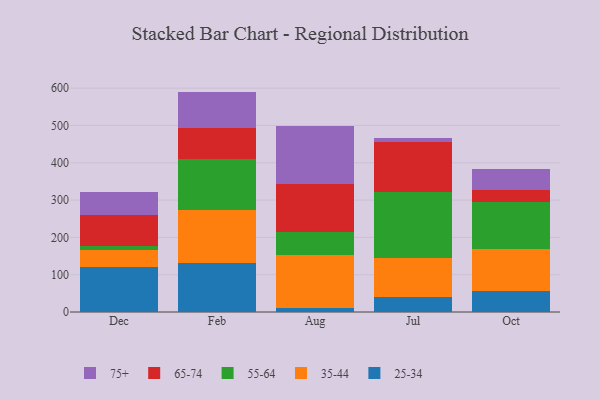
{"axis": {"x": "Month", "y": "Page Views"}, "legend": ["25-34", "35-44", "55-64", "65-74", "75+"], "data": [{"x": "Dec", "y": 121.7, "type": "25-34"}, {"x": "Dec", "y": 44.3, "type": "35-44"}, {"x": "Dec", "y": 10.0, "type": "55-64"}, {"x": "Dec", "y": 84.6, "type": "65-74"}, {"x": "Dec", "y": 61.6, "type": "75+"}, {"x": "Feb", "y": 132.6, "type": "25-34"}, {"x": "Feb", "y": 140.8, "type": "35-44"}, {"x": "Feb", "y": 136.9, "type": "55-64"}, {"x": "Feb", "y": 82.2, "type": "65-74"}, {"x": "Feb", "y": 98.2, "type": "75+"}, {"x": "Aug", "y": 9.4, "type": "25-34"}, {"x": "Aug", "y": 142.1, "type": "35-44"}, {"x": "Aug", "y": 61.9, "type": "55-64"}, {"x": "Aug", "y": 129.7, "type": "65-74"}, {"x": "Aug", "y": 156.1, "type": "75+"}, {"x": "Jul", "y": 40.3, "type": "25-34"}, {"x": "Jul", "y": 105.4, "type": "35-44"}, {"x": "Jul", "y": 175.3, "type": "55-64"}, {"x": "Jul", "y": 134.5, "type": "65-74"}, {"x": "Jul", "y": 9.6, "type": "75+"}, {"x": "Oct", "y": 56.1, "type": "25-34"}, {"x": "Oct", "y": 114.1, "type": "35-44"}, {"x": "Oct", "y": 124.8, "type": "55-64"}, {"x": "Oct", "y": 33.2, "type": "65-74"}, {"x": "Oct", "y": 54.6, "type": "75+"}]}